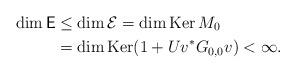
LaTeX: \begin{align*}\dim \mathsf E&\le \dim \mathcal E=\dim\mathop{\mathrm{Ker}} M_0\\&=\dim\mathop{\mathrm{Ker}} (1+Uv^*G_{0,0}v)<\infty.\end{align*}